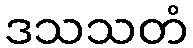
ဒသသတံ